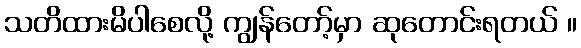
သတိထားမိပါစေလို့ ကျွန်တော့်မှာ ဆုတောင်းရတယ် ။